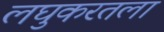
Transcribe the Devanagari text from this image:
लघुकरतला